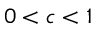
0 < c < 1